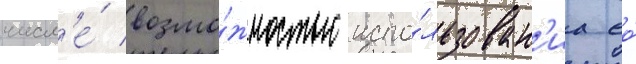
числ'е́ возмо́жностью испо́льзован'иа ео́